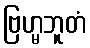
ဗြဟ္မဘူတံ